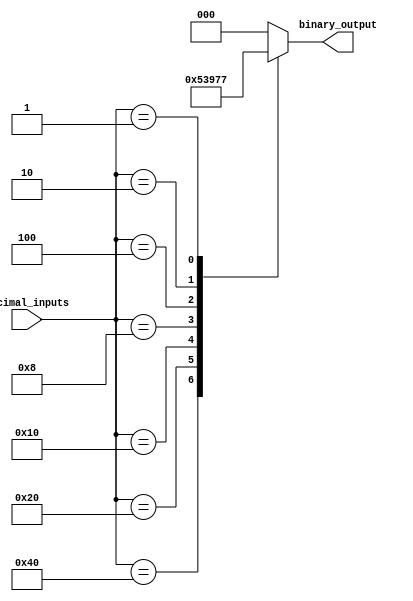
module priority_encoder (
    input [7:0] decimal_inputs,
    output reg [2:0] binary_output
);

always @(*) begin
    case(decimal_inputs)
        8'b10000000: binary_output = 3'b000; // Priority 1
        8'b01000000: binary_output = 3'b001; // Priority 2
        8'b00100000: binary_output = 3'b010; // Priority 3
        8'b00010000: binary_output = 3'b011; // Priority 4
        8'b00001000: binary_output = 3'b100; // Priority 5
        8'b00000100: binary_output = 3'b101; // Priority 6
        8'b00000010: binary_output = 3'b110; // Priority 7
        8'b00000001: binary_output = 3'b111; // Priority 8
        default: binary_output = 3'b000; // default value
    endcase
end

endmodule